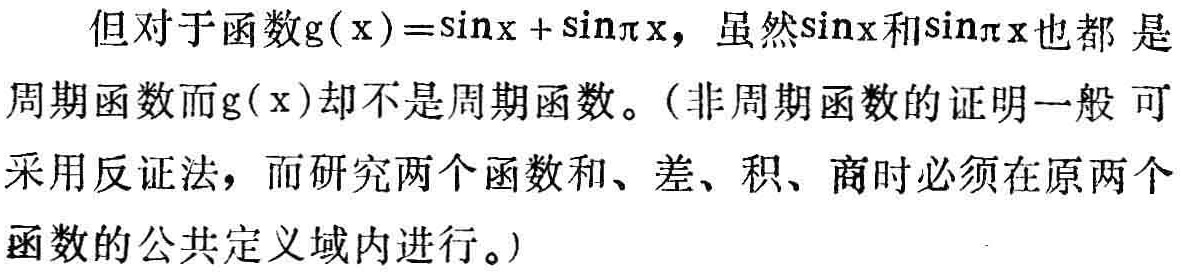
但对于函数\(g(x)=\sin x+\sin \pi x\)，虽然\(\sin x\)和\(\sin \pi x\)也都 是周期函数而\(g(x)\)却不是周期函数。（非周期函数的证明一般 可采用反证法，而研究两个函数和、差、积、商时必须在原两个函数的公共定义域内进行。)